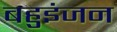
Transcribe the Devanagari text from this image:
बहुइंजन